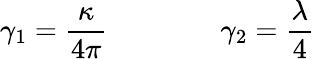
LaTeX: \gamma_{1}=\frac\kappa{4\pi}\qquad\qquad\gamma_{2}=\frac\lambda 4